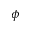
\phi